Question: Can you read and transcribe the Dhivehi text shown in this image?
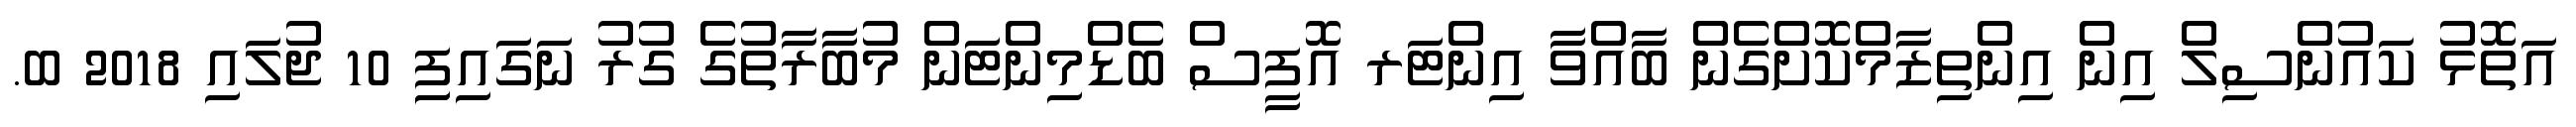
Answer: އަތޮޅު ކައުންސިލް އިން އިންތިޒާމްކޮށްގެން ބާއްވާ އިންޓަރ އޮފީސް ބެޑްމިންޓަން މުބާރާތުގެ ގުރު ނަގައިފިި 10 ޖުލައި 2018 ބ.